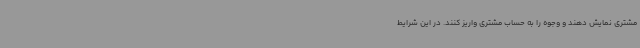
مشتری نمایش دهند و وجوه را به حساب مشتری واریز کنند. در این شرایط